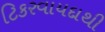
ટિકરવાયદાથી